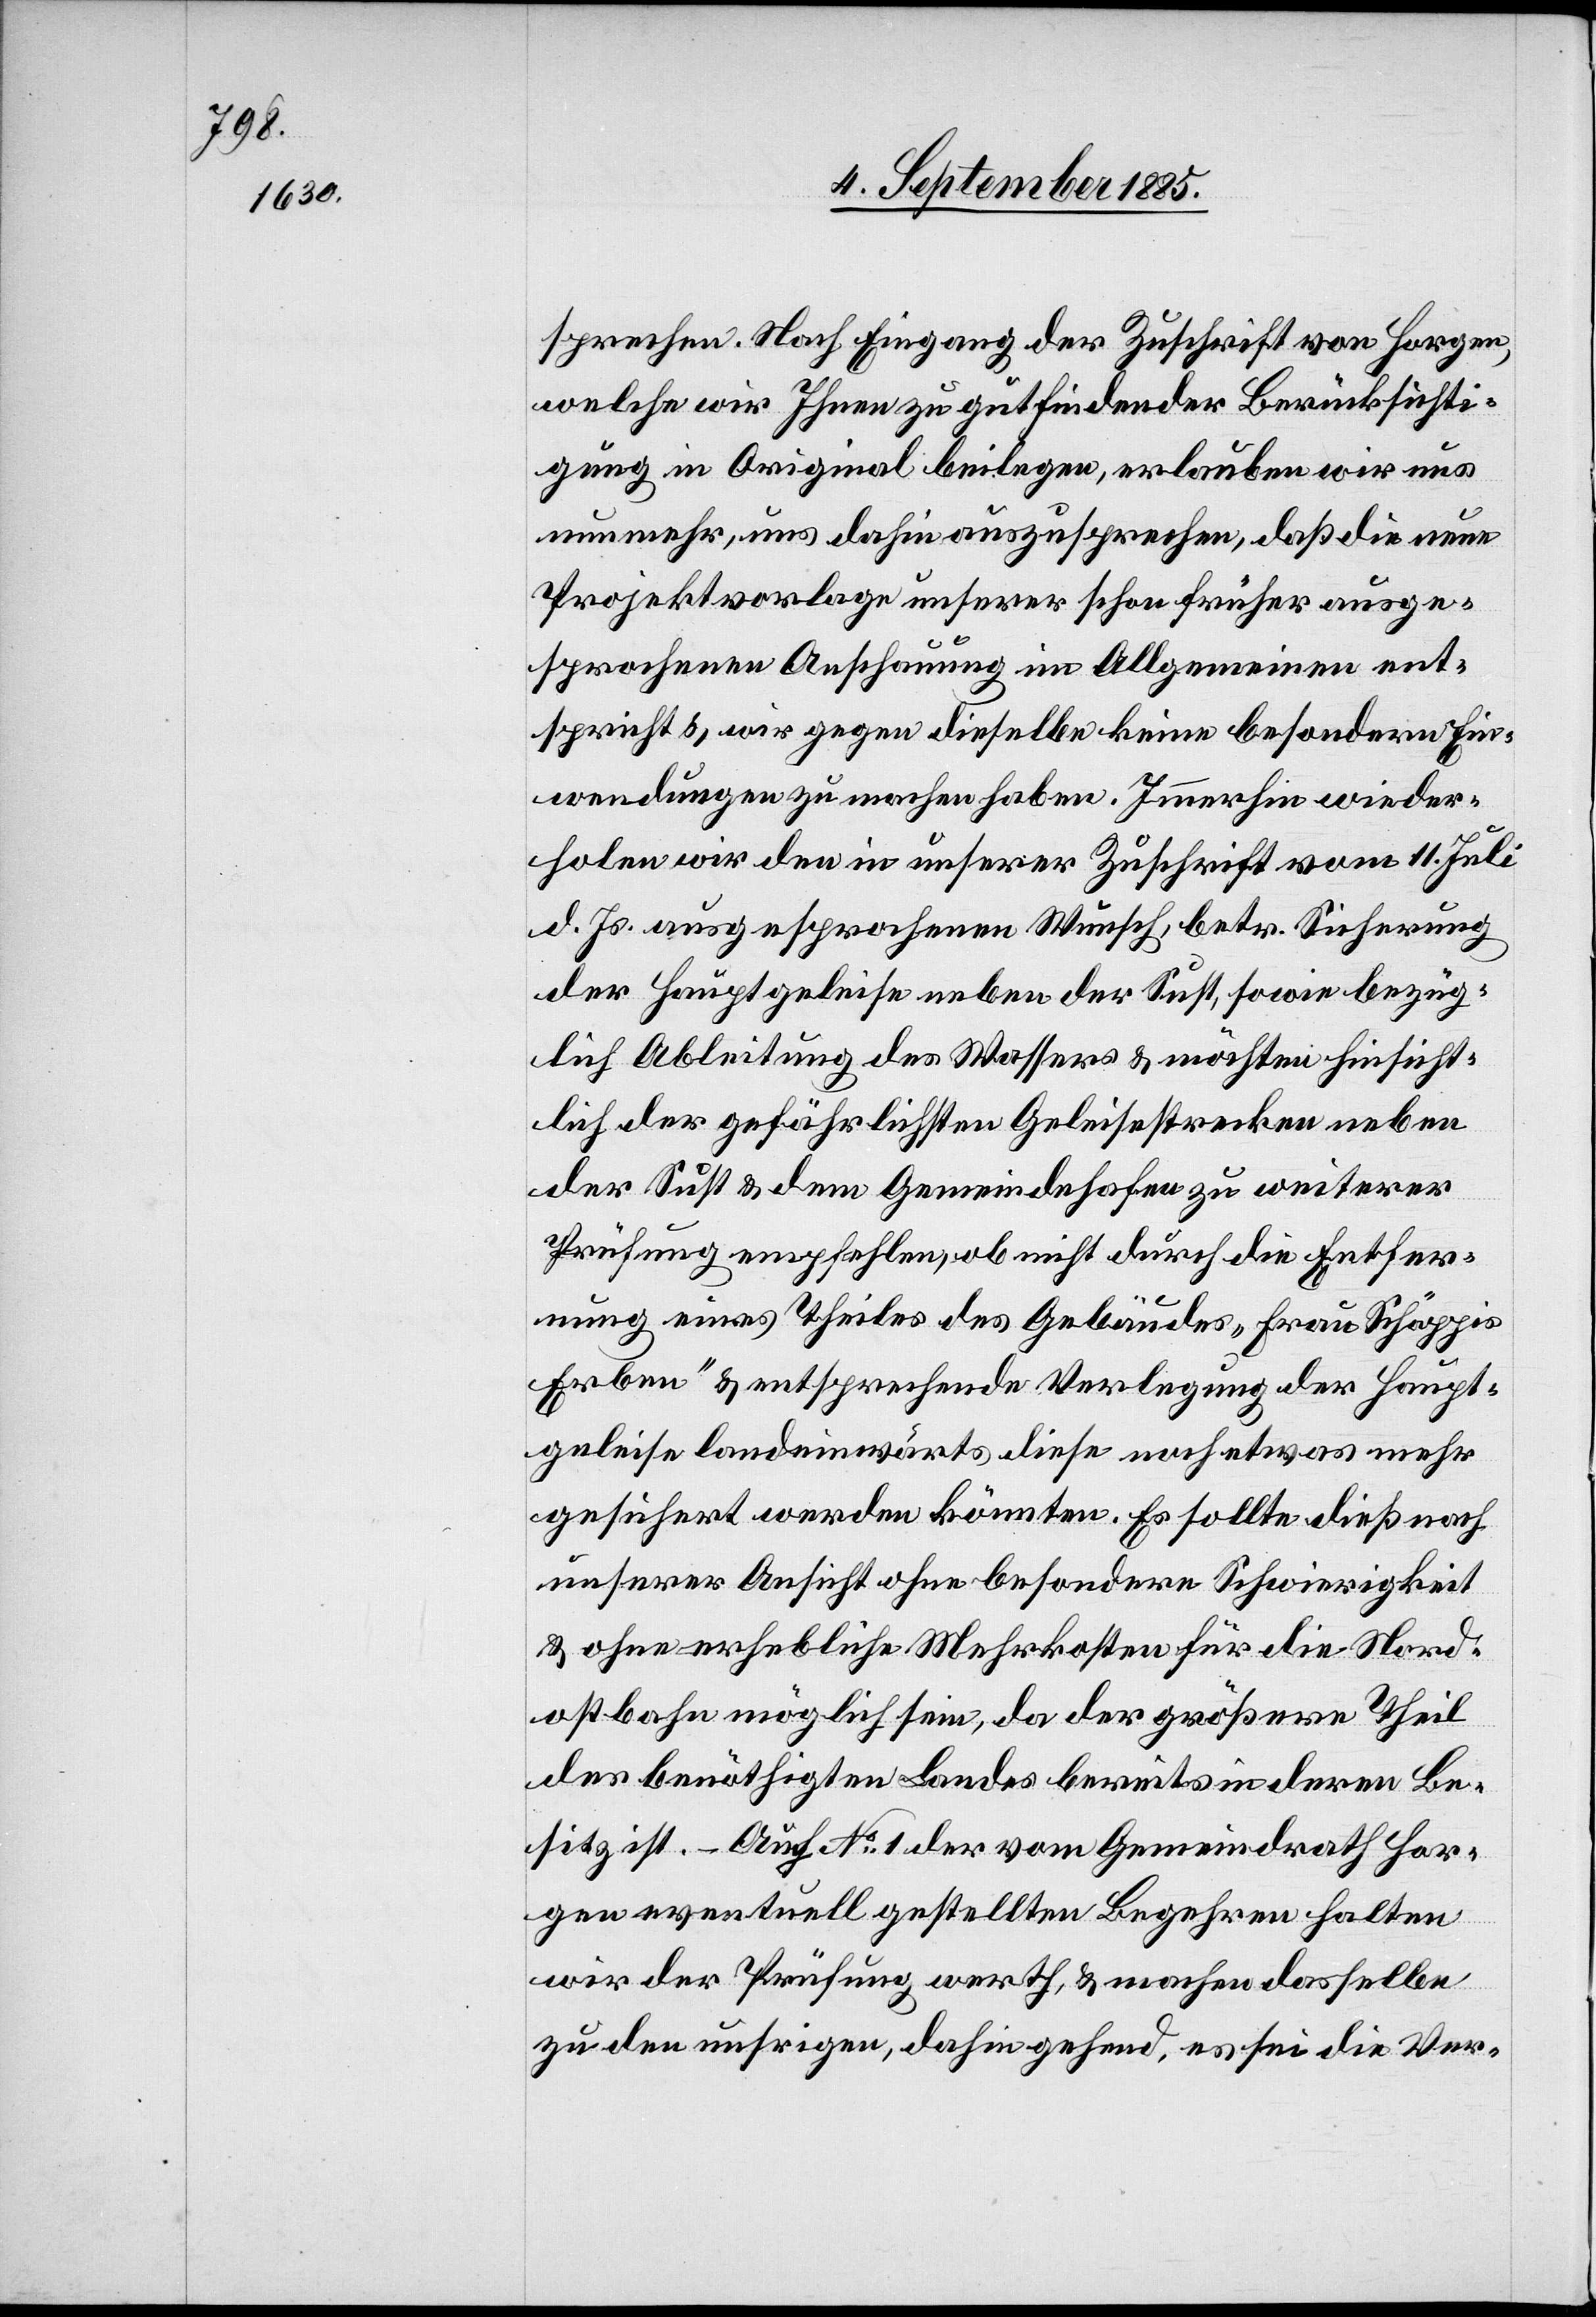
sprechen. Nach Eingang der Zuschrift von Horgen,
welche wir Ihnen zu gutfindender Berücksichti¬
gung in Original beilegen, erlauben wir uns
nunmehr, uns dahin auszusprechen, daß die neue
Projektvorlage unserer schon früher ausge¬
sprochenen Anschauung im Allgemeinen ent¬
spricht & wir gegen dieselbe keine besondern Ein¬
wendungen zu machen haben. Immerhin wieder¬
holen wir den in unserer Zuschrift vom 11. Juli
d. Js. ausgesprochenen Wunsch, betr. Sicherung
der Hauptgeleise neben der Sust, sowie bezüg¬
lich Ableitung des Wassers & möchten hinsicht¬
lich der gefährlichsten Geleisestrecken neben
der Sust & dem Gemeindehafen zu weiterer
Prüfung empfehlen, ob nicht durch die Entfer¬
nung eines Theiles des Gebäudes „Frau Schäppis
Erben“ & entsprechende Verlegung der Haupt¬
geleise landeinwärts diese noch etwas mehr
gesichert werden könnten. Es sollte dieß nach
unserer Ansicht ohne besondere Schwierigkeit
& ohne erhebliche Mehrkosten für die Nord¬
ostbahn möglich sein, da der größere Theil
des benöthigten Landes bereits in deren Be¬
sitz ist. – Auch No 1 der vom Gemeindrath Hor¬
gen eventuell gestellten Begehren halten
wird der Prüfung werth, & machen dasselbe
zu den unsrigen, dahingehend, es sei die Ver-